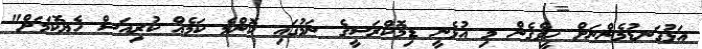
އަޅުގަނޑުމެންނަށް ހީވެގެން މި އުޅެނީ ޑިމޮކްރަސީގެ ނަމުގައި ކޮންމެ ކަމެއް ކުރިއަސް ހެޔޮކަމަށް"